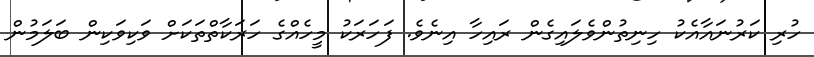
ހުރި ކަރުނައާއެކު ހިނިތުންވެލައިގެން ރައިހާ އިނެވެ. ފަހަރަކު މީހެއްގެ ހަރަކާތްތަކަށް ވަކިވަކިން ބަލަމުން